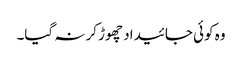
وہ کوئی جائیداد چھوڑ کر نہ گیا۔